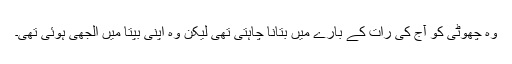
وہ چھوٹی کو آج کی رات کے بارے میں بتانا چاہتی تھی لیکن وہ اپنی بپتا میں الجھی ہوئی تھی۔